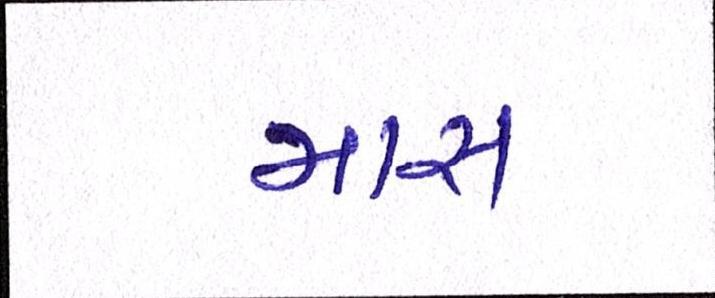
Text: માસ